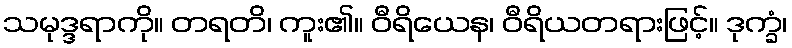
သမုဒ္ဒရာကို။ တရတိ၊ ကူး၏။ ဝီရိယေန၊ ဝီရိယတရားဖြင့်။ ဒုက္ခံ၊